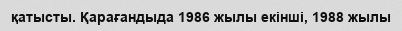
қатысты. Қарағандыда 1986 жылы екінші, 1988 жылы